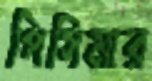
পিসিমার